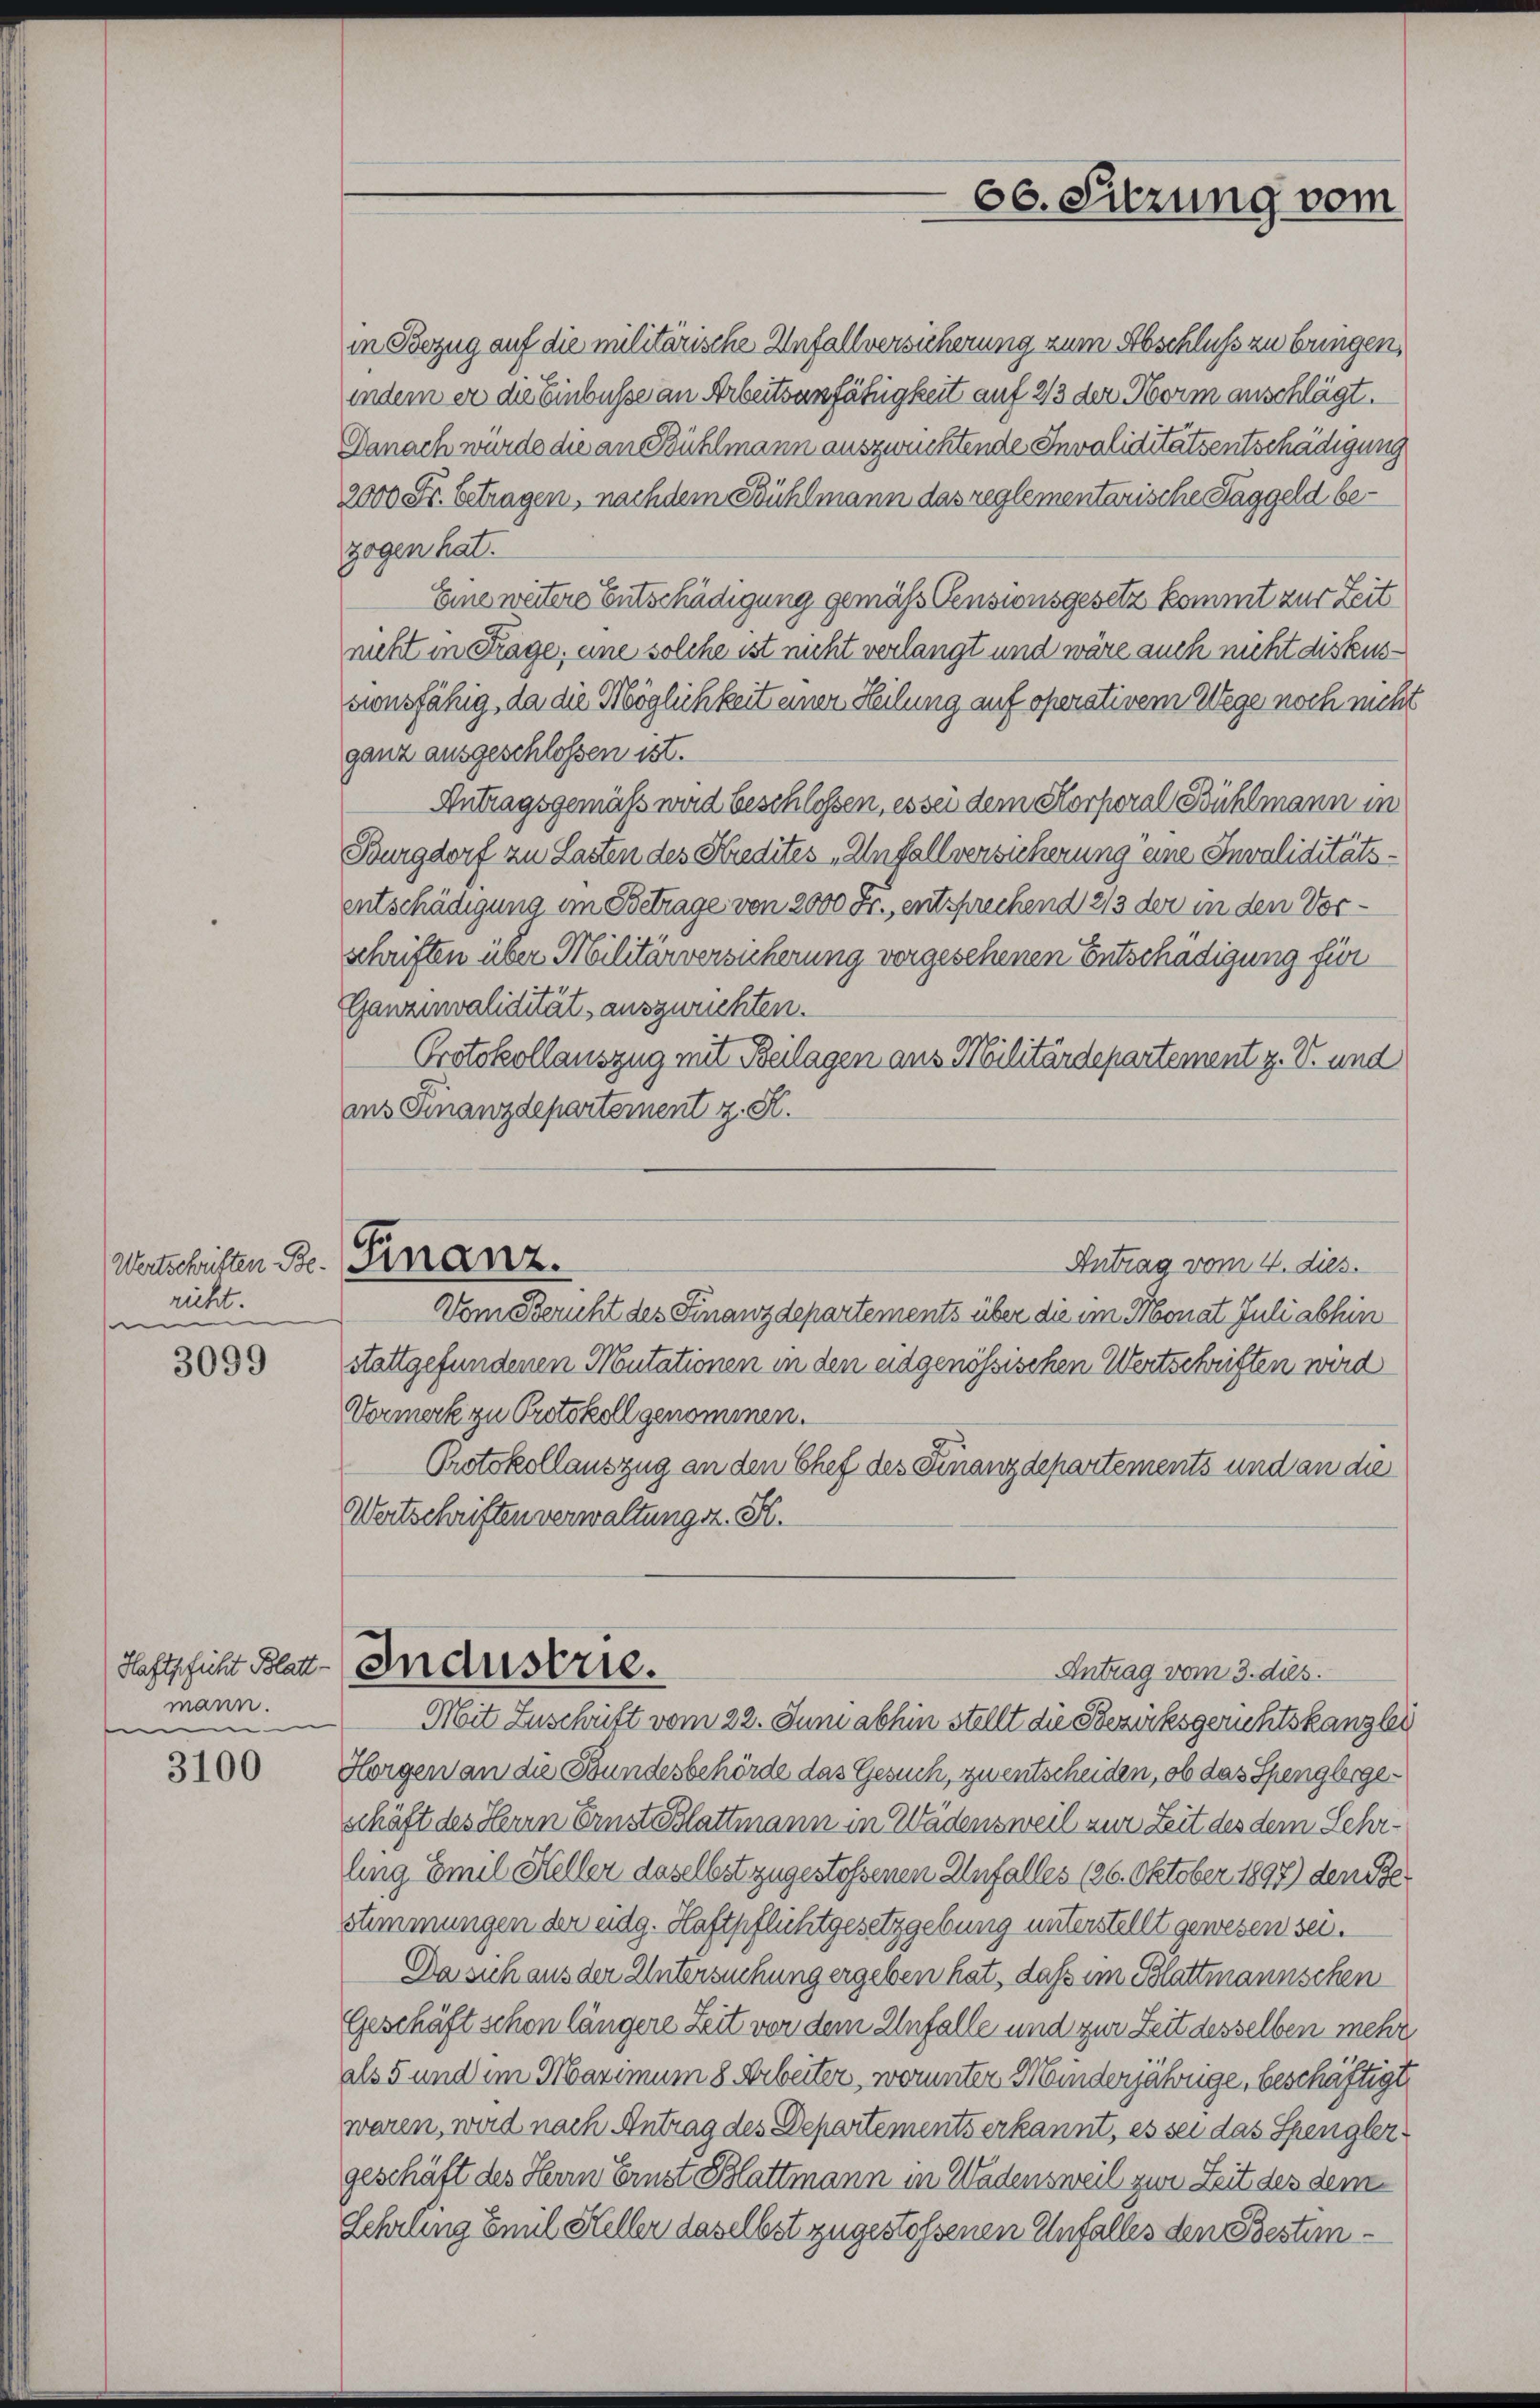
richt.
e

3099

mann.
e

3100

66. Sitzung vom

in Bezug auf die militärische Anfallversicherung zum Abschluss zu bringen,
indem er die Einbusse an Arbeitsanfähigkeit auf 2/3 der Norm anschlägt.
Danach wurde die an Bühlmann auszwuchtende Invaliditätsentschädigung
2000 Fr. betragen, nachdem Bühlmann das reglementarische Taggeld bezogen hat.
Eine weitere Entschädigung gemäß Pensionsgesetz kommt zur Zeit
niht in Frage, eine solche ist nicht verlangt und wäre auch nicht diskusgonsfähig, da die Möglichkeit einer Heilung auf operativem Wege noch nicht
ganz ausgeschlossen ist.
Antragsgemäß wird beschlossen, es sei dem Korporal Bühlmann in
Burgdorf zu Lasten des Kredites „Unfallversicherung eine Invaliditätsentschädigung im Betrage von 2000 Fr., entsprechend 2/3 der in den Vorschriften über Militärversicherung vergesehenen Entschädigung für
Ganzenvalidität auszurichten.
Protokollauszug mit Beilagen aus Militärdepartement z. B. und
ins Finanzdepartement z. S.

Wertschriften B. Finanz.
Antrag vom 4. dies.

Hastschicht Blatt (Industrie.
Antrag vom 3. dies.

Vom Bericht des Finanzdepartements über die im Monat Juli abhin
stattgefundenen Mutationen in den eidgenössischen Wertschriften wird
Vormerk zu Protokoll genommen.
Protokollauszug an den Chef des Finanzdepartements und an die
Wertschriften verwaltung s. S.
Mit Zuschrift vom 22. Juni abhin stellt die Bezirksgerichtskanzlei
Horgen an die Bundesbehörde das Gesuch, zu entscheiden, ob das Spenglergeschäft des Herrn Ernst glattmann in Wädensweil zur Zeit des dem Lehrling Emil Heller daselbst zugestossenen Unfalles (26. Oktober 1897) den Pe¬
Stimmungen der eidg. Haftpflichtgesetzgebung unterstellt gewesen sei.
Da sich aus der Untersuchung ergeben hat, daß im Blattmannschen
Geschäft schon längere Zeit von dem Unfalle und zur Zeit desselben mehr
als 5 und im Marimum 8 Arbeiter, worunter Minderjährige, beschäftigt
waren, wird nach Antrag des Departements erkannt, es sei das Spenglergeschäft des Herrn Ernst Blattmann in Wadensweil zur Zeit des dem
Lehrling Emil Heller daselbst zugestossenen Unfalles den Bestim¬